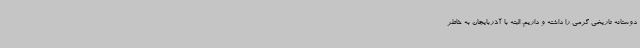
دوستانه تاریخی گرمی را داشته و داریم. البته با آذربایجان به خاطر